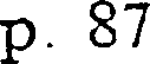
p. 87